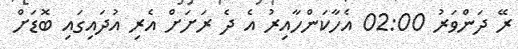
ރޭ ދަންވަރު 02:00 އެހާކަންހާއިރު އެ ދެ ރަށަށް އެރި އުދައިގައި ބޮޑަށް